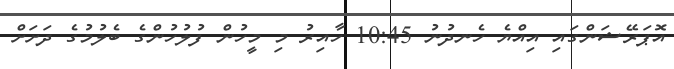
އޮޕަރޭޝަންގައި އިއްޔެ ހެނދުނު 10:45 ހާއިރު މި މީހުން ފުލުހުންގެ ބެލުމުގެ ދަށަށް